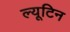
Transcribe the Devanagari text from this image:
ल्यूटिन